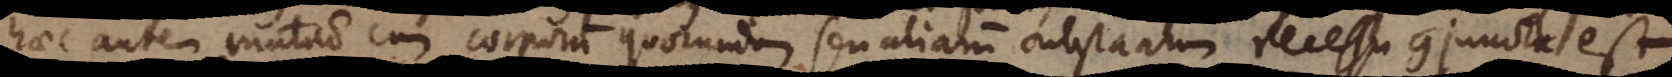
haec autem mutatio cum corporum quorundam seu aliarum substantiarum recessu